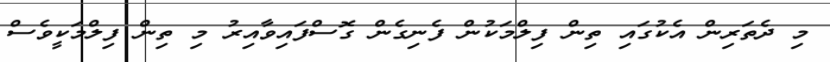
މި ދެތަރިން އެކުގައި ތިން ފިލްމަކުން ފެނިގެން ގޮސްފައިވާއިރު މި ތިން ފިލްމަކީވެސް